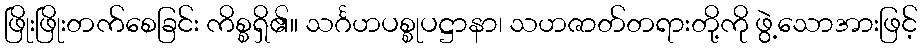
ဖြိုးဖြိုးတက်စေခြင်း ကိစ္စရှိ၏။ သင်္ဂဟပစ္စုပဋ္ဌာနာ၊ သဟဇာတ်တရားတို့ကို ဖွဲ့သောအားဖြင့်